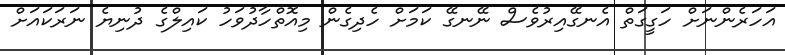
އަހަރެންނަށް ހަގީގަތް އެނގޭއިރުވެސް ނޭނގޭ ކަމަށް ހެދިގެން މިއޮތްހާދުވަހު ކައިލްގެ ދުނިޔެ ނަރަކައަށް